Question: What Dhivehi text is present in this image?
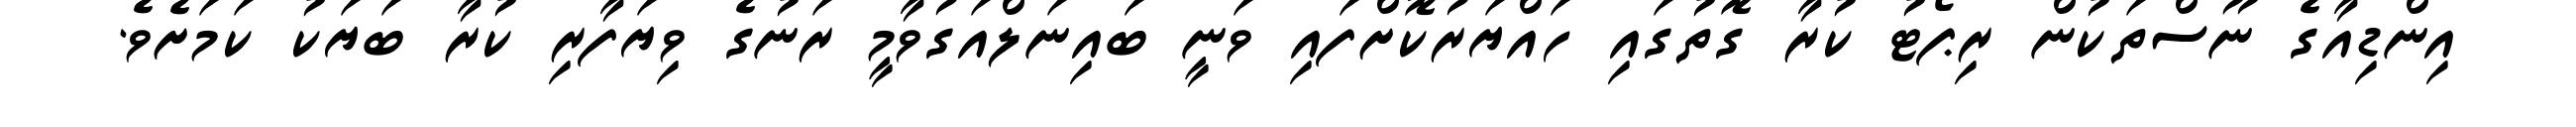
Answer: އިންޑިއާގެ ނޫސްތަކުން ރިޕޯޓު ކުރާ ގޮތުގައި ހައްޔަރުކޮށްފައި ވަނީ ބައިނަލްއަގުވާމީ ރަނުގެ ވިޔަފާރި ކުރާ ބަޔަކު ކަމަށެވެ.